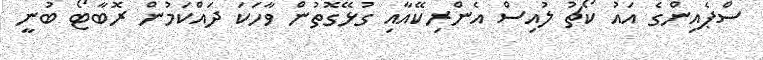
ސްޕެއިންގެ އައު ކޯޗު ލުއިސް އެންރިކޭއާއި ގުޅޭގޮތުން ވާހަކަ ދައްކަމުން ރޮބާޓޯ ބުނީ